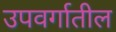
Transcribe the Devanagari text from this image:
उपवर्गातील